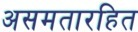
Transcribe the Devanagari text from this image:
असमतारहित